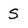
Character: S